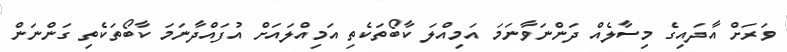
ވަރަށް އާދައިގެ މިސާލެއް ދަންނަވާނަމަ އަމިއްލަ ކާބޯތަކެތި އަމިއްލައަށް އުފައްދާނަމަ ކާބޯތަކެތި ގަންނަން